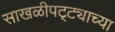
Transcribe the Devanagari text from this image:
साखळीपट्ट्याच्या